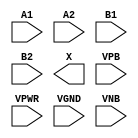
module sky130_fd_sc_ms__o22a (
    //# {{data|Data Signals}}
    input  A1  ,
    input  A2  ,
    input  B1  ,
    input  B2  ,
    output X   ,

    //# {{power|Power}}
    input  VPB ,
    input  VPWR,
    input  VGND,
    input  VNB
);
endmodule